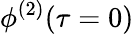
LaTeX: \phi^{(2)}(\tau=0)